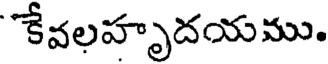
కేవలహృదయము.